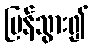
ပြန်သွား၍